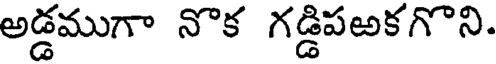
అడ్డముగా నొక గడ్డిపఱకగొని.